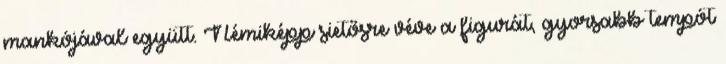
mankójával együtt. Némiképp sietősre véve a figurát, gyorsabb tempót